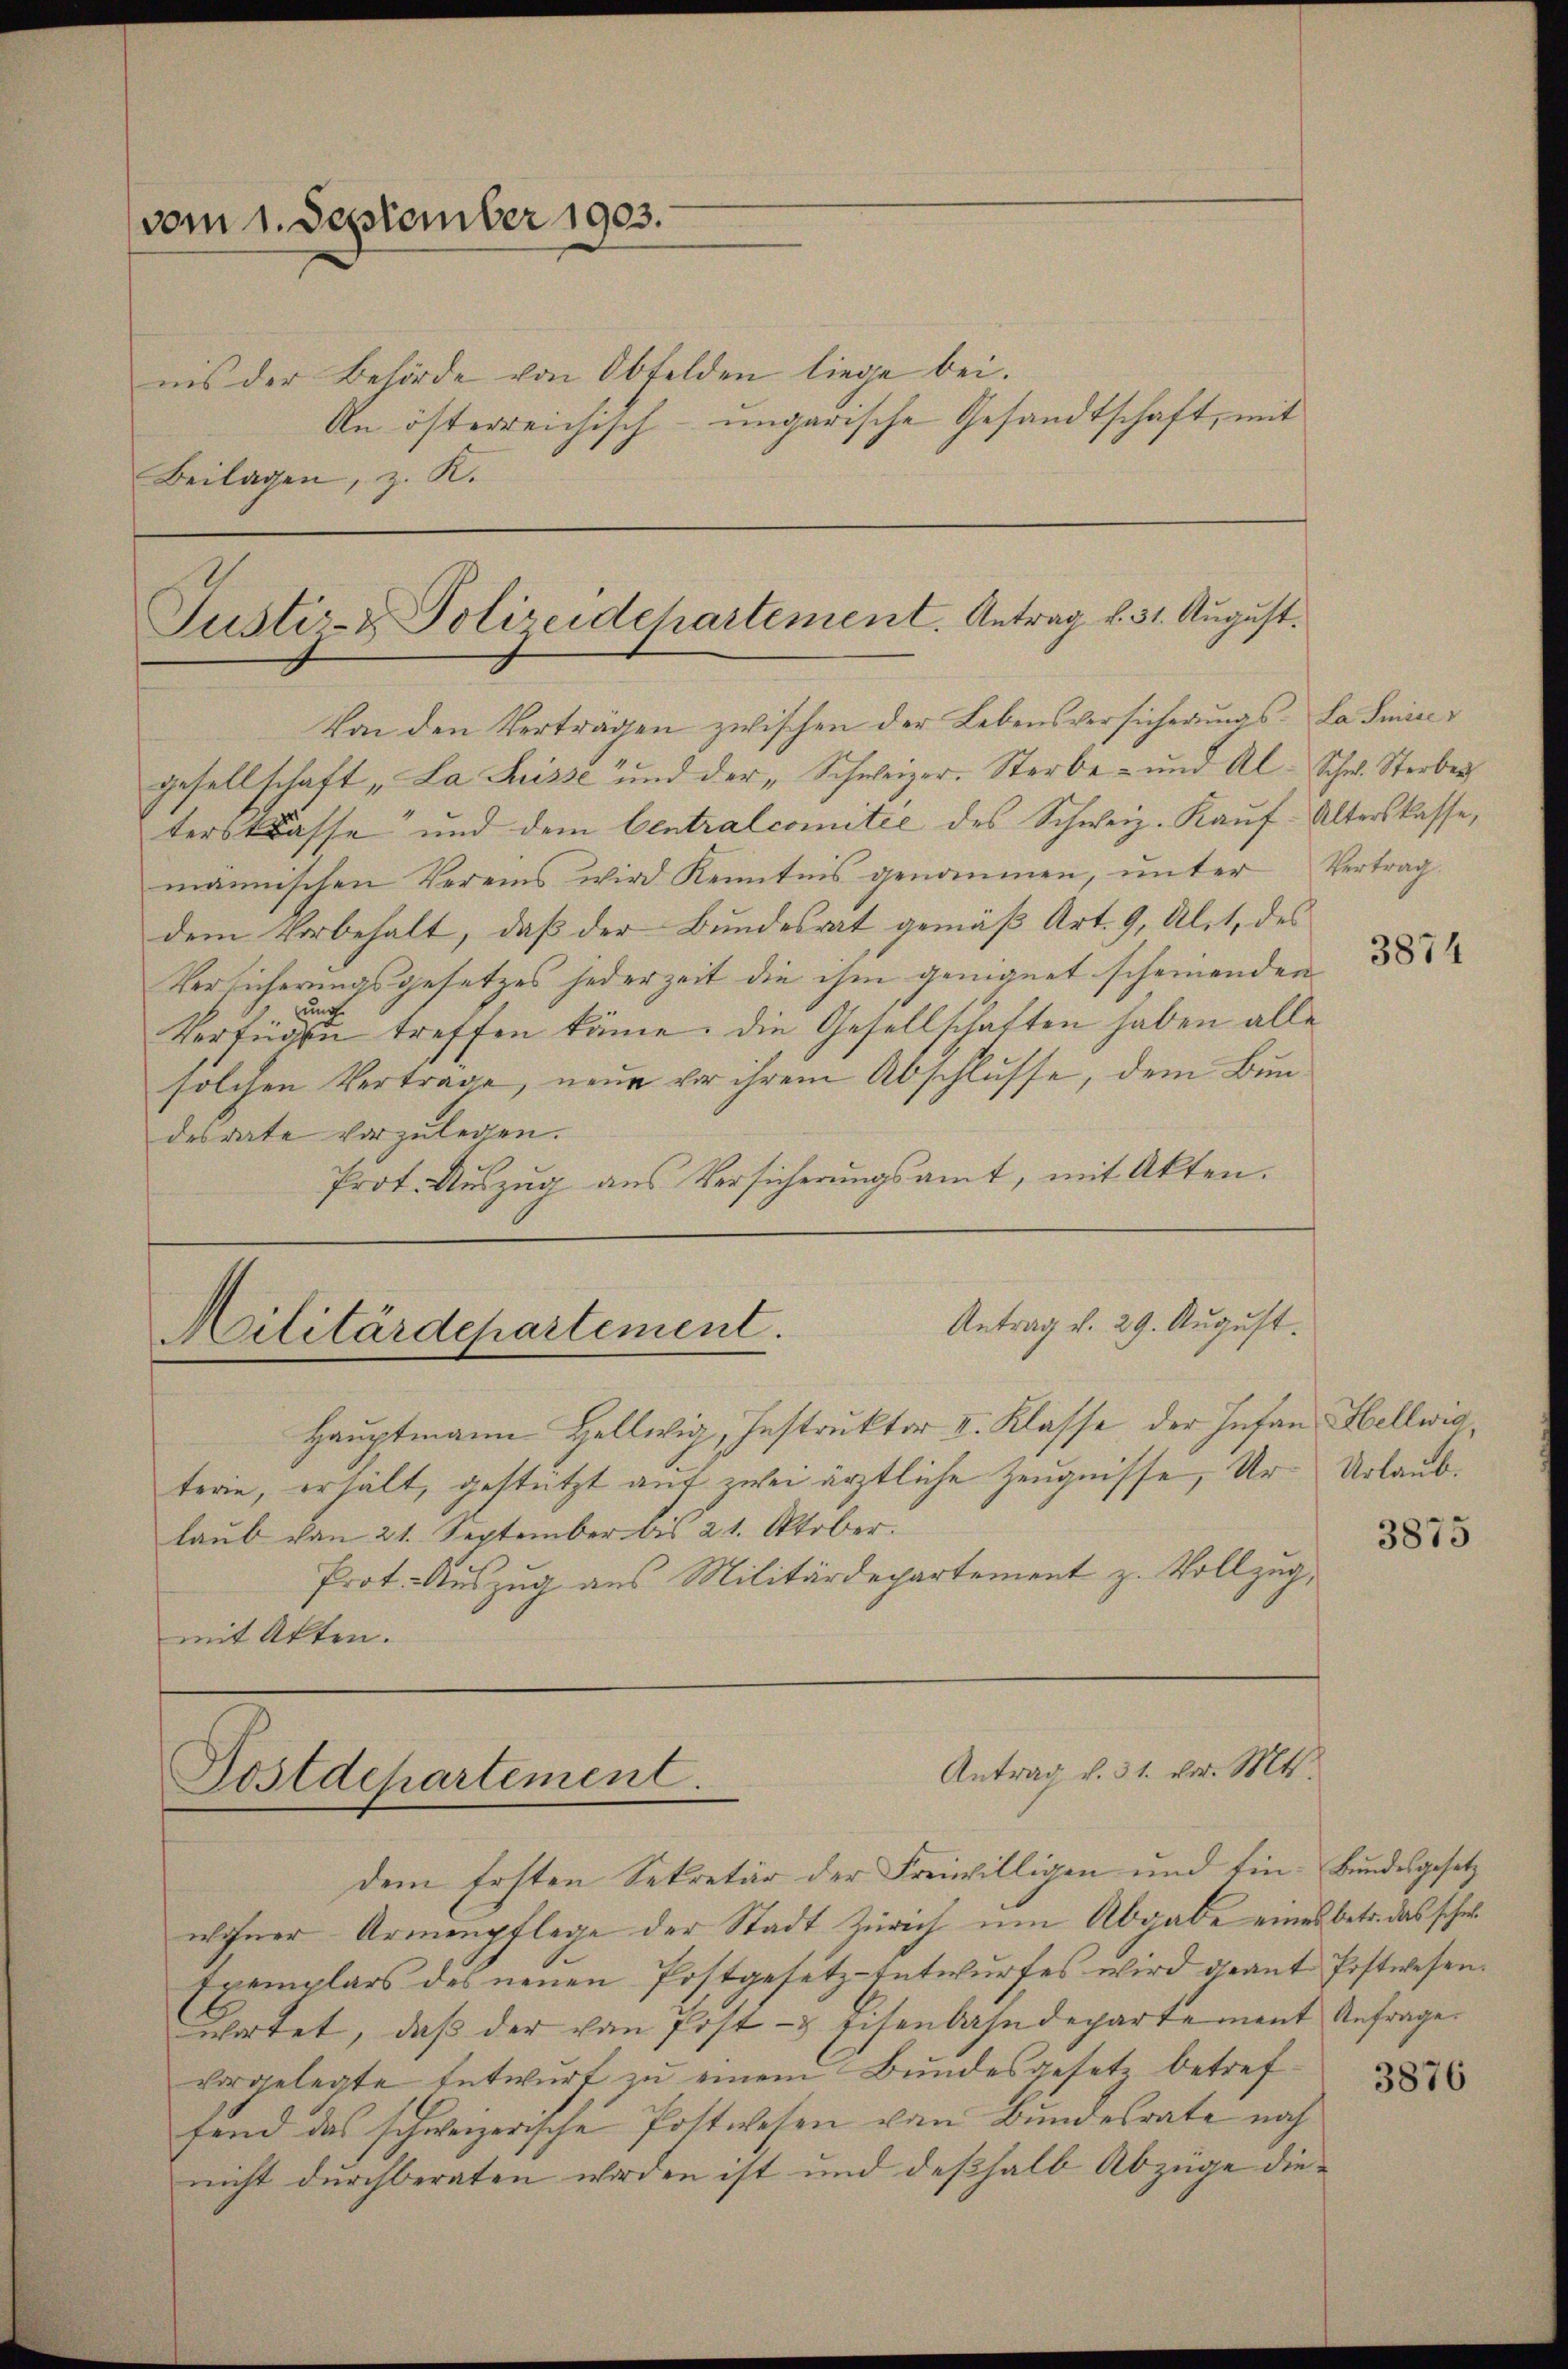
vom 1. September 1903.
Beilagen, z. K.

Justiz- & Polizeidchartement. Antrag v. 31. August.

nis der Behörde von Obfelden liege bei.
An österreichisch-ungarische Gesandtschaft, mit

Von den Verträgen zwischen der Lebensversicherungs-La Smice
gesellschaft „La Suisse und der „Schweizer. Sterbe- und Al. Schw. Sterber
ters Klasse und dem Centralcomitée des Schweiz. Kauf-Alterskasse,
männischen Vereins wird Kenntnis genommen, unter Vertrag
dem Vorbehalt, daß der Bundesrat gemäß Art. 9, Alit, des
Versicherungsgesetzes jederzeit die ihm geeignet scheinenden
ung
Verfügen treffen käme. Die Gesellschaften haben alle
solchen Vertrage, neue vor ihrem Abschlusse, dem Bundesdate vorzulegen.
Prot. Auszug aus Versicherungsamt, mit Akten.

Antrag v. 29. August.
Militärdepartement.

Hauptmann Hellwig, Instruktor II. Klasse der Infan, Hellwig
terie, erhält, gestützt auf zwei ärztliche Zeugnisse, Ur Urlaublaub von 21. September bis 21. Oktober.
Prot. Auszug aus Militärdepartement z. Vollzug,
mit Akten.

dem Ersten Sekretär der Freiwilligen und Ein- Bundesgesetz
wohner Armenpflege der Stadt Zürich um Abgabe eines betr. das scho
Exemplars des neuen Postgesetz-Entwurfes wird geant Postwesen.
wortet, daß der von Post- & Eisenbahndepartement Anfrage
vorgelegte Entwurf zu einem Bundesgesetz betreffend das schweizerische Postwesen von Bŭndesrate noch
nicht durchberaten worden ist und deßhalb Abzüge die

Antrag v. 31. vor. Mts.
Postdepartement.

3875

3874

3876